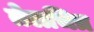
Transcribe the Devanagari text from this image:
तेलचित्र